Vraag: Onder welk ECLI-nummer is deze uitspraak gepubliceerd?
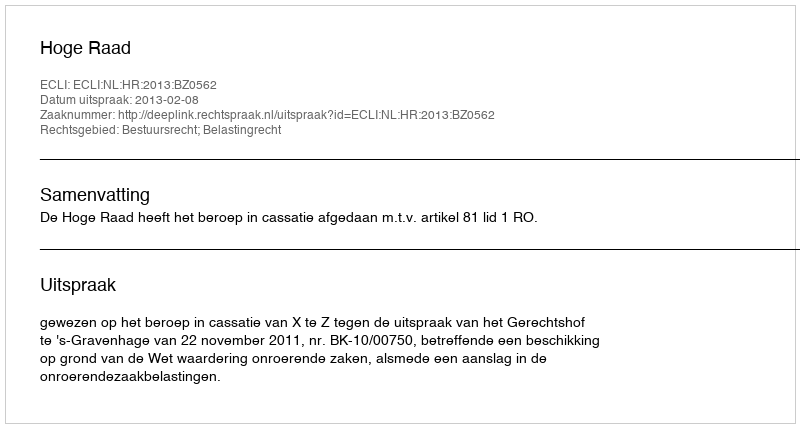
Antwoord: ECLI:NL:HR:2013:BZ0562